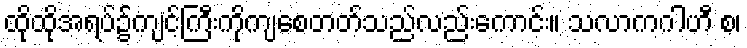
ထိုထိုအရပ်၌ကျင့်ကြီးကိုကျစေတတ်သည်လည်းကောင်း။ သလာကဂါဟီ စ၊